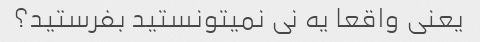
یعنی واقعا یه نی نمیتونستید بفرستید؟